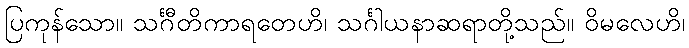
ပြကုန်သော။ သင်္ဂီတိကာရတေဟိ၊ သင်္ဂါယနာဆရာတို့သည်။ ဝိမလေဟိ၊